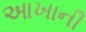
આખાની